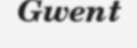
Gwent